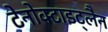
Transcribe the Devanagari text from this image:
टेनोक्टाइट्लैन